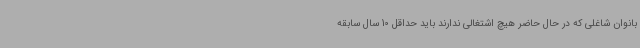
بانوان شاغلی که در حال حاضر هیچ اشتغالی ندارند باید حداقل 10 سال سابقه